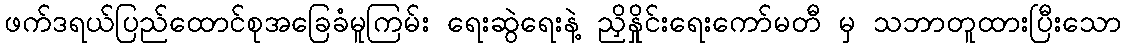
ဖက်ဒရယ်ပြည်ထောင်စုအခြေခံမူကြမ်း ရေးဆွဲရေးနဲ့ ညှိနှိုင်းရေးကော်မတီ မှ သဘာတူထားပြီးသော